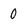
Character: 0